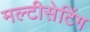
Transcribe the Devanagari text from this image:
मल्टीसेटिंग